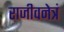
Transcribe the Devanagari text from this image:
राजीवनेत्रं